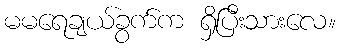
မမရေချယ်ခွက်က ရှိပြီးသားလေ။